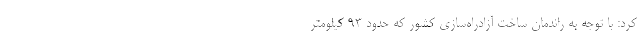
کرد: با توجه به راندمان ساخت آزادراه‌سازی کشور که حدود ۹۳ کیلومتر